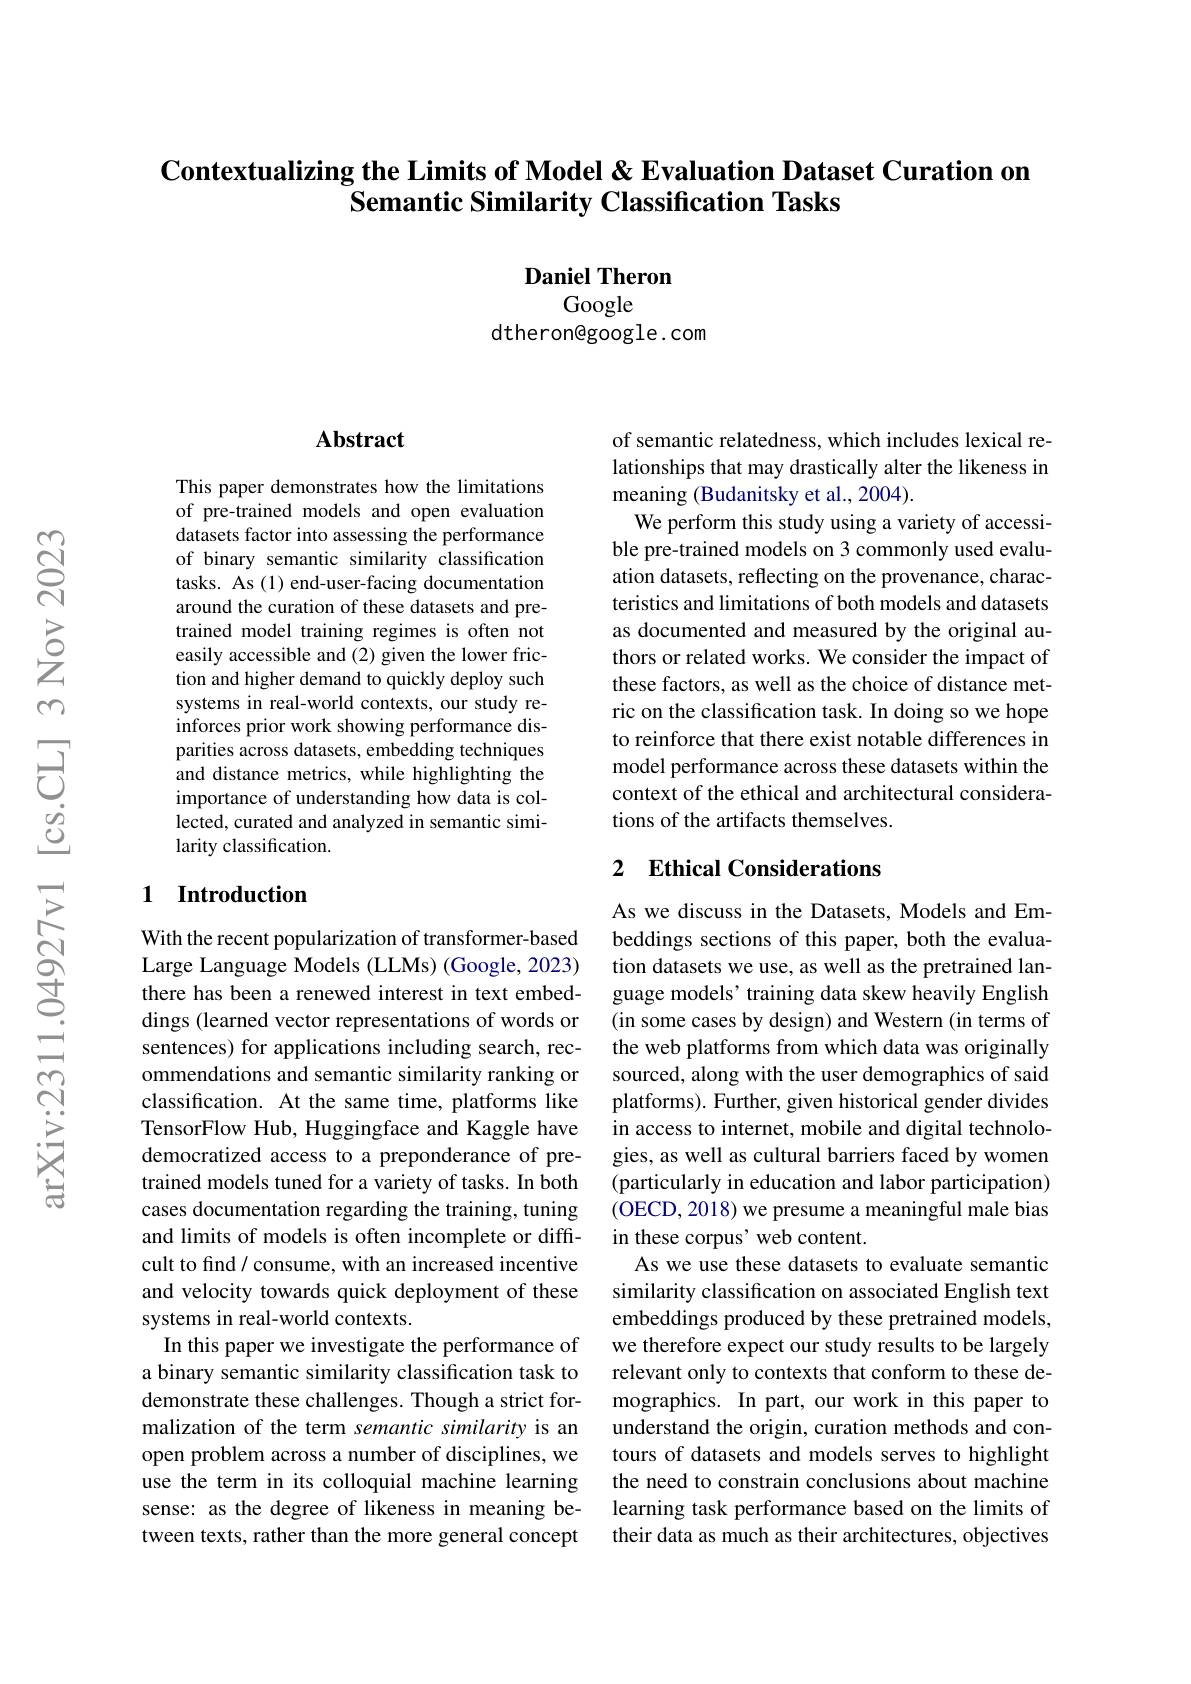
## Contextualizing the Limits of Model & Evaluation Dataset Curation on $\textbf{Semantic Similarity Classification Tasks}$

Daniel Theron
Google
dtheron@google.com

## $\mathbf{Abstract}$

This paper demonstrates how the limitations of pre-trained models and open evaluation datasets factor into assessing the performance of binary semantic similarity classification tasks. As (1) end-user-facing documentation around the curation of these datasets and pretrained model training regimes is often not easily accessible and (2) given the lower friction and higher demand to quickly deploy such systems in real-world contexts, our study reinforces prior work showing performance disparities across datasets, embedding techniques and distance metrics, while highlighting the importance of understanding how data is collected, curated and analyzed in semantic similarity classification.

## 1 Introduction

With the recent popularization of transformer-based Large Language Models (LLMs) (Google, 2023) there has been a renewed interest in text embeddings (learned vector representations of words or sentences) for applications including search, recommendations and semantic similarity ranking or classification. At the same time, platforms like TensorFlow Hub, Huggingface and Kaggle have democratized access to a preponderance of pretrained models tuned for a variety of tasks. In both cases documentation regarding the training, tuning and limits of models is often incomplete or difficult to find/ consume, with an increased incentive and velocity towards quick deployment of these systems in real-world contexts.
In this paper we investigate the performance of a binary semantic similarity classification task to demonstrate these challenges. Though a strict formalization of the term semantic similarity is an open problem across a number of disciplines, we use the term in its colloquial machine learning sense: as the degree of likeness in meaning between texts, rather than the more general concept

of semantic relatedness, which includes lexical relationships that may drastically alter the likeness in meaning (Budanitsky et al., 2004).
We perform this study using a variety of accessible pre-trained models on 3 commonly used evaluation datasets, reflecting on the provenance, characteristics and limitations of both models and datasets as documented and measured by the original authors or related works. We consider the impact of these factors, as well as the choice of distance metric on the classification task. In doing so we hope to reinforce that there exist notable differences in model performance across these datasets within the context of the ethical and architectural considerations of the artifacts themselves.

## 2 $\textbf{Ethical Considerations}$

As we discuss in the Datasets, Models and Embeddings sections of this paper, both the evaluation datasets we use, as well as the pretrained language models’ training data skew heavily English (in some cases by design) and Western (in terms of the web platforms from which data was originally sourced, along with the user demographics of said platforms). Further, given historical gender divides in access to internet, mobile and digital technologies, as well as cultural barriers faced by women (particularly in education and labor participation) (OECD, 2018) we presume a meaningful male bias in these corpus' web content.
As we use these datasets to evaluate semantic similarity classification on associated English text embeddings produced by these pretrained models, we therefore expect our study results to be largely relevant only to contexts that conform to these demographics. In part, our work in this paper to understand the origin, curation methods and contours of datasets and models serves to highlight the need to constrain conclusions about machine learning task performance based on the limits of their data as much as their architectures, objectives